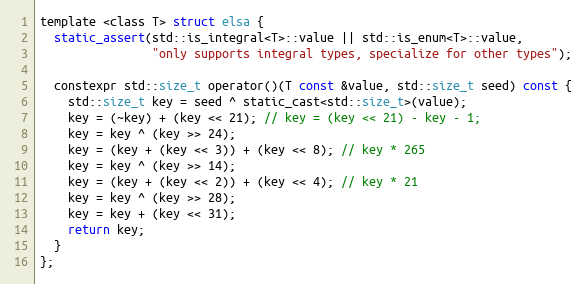
Language: C
template <class T> struct elsa {
  static_assert(std::is_integral<T>::value || std::is_enum<T>::value,
                "only supports integral types, specialize for other types");

  constexpr std::size_t operator()(T const &value, std::size_t seed) const {
    std::size_t key = seed ^ static_cast<std::size_t>(value);
    key = (~key) + (key << 21); // key = (key << 21) - key - 1;
    key = key ^ (key >> 24);
    key = (key + (key << 3)) + (key << 8); // key * 265
    key = key ^ (key >> 14);
    key = (key + (key << 2)) + (key << 4); // key * 21
    key = key ^ (key >> 28);
    key = key + (key << 31);
    return key;
  }
};